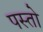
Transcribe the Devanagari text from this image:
पस्तो